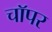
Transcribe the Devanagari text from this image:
चाॅपर